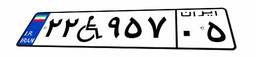
۲۲W۹۵۷۰۵